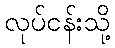
လုပ်ငန်းသို့